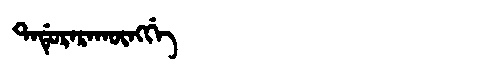
Manchu: ᡨᠠᡩᡠᡵᠠᡵᠠᡴᡡᠩᡤᡝ
Romanization: TADURARAKŪNGGE